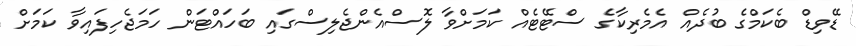
ޑޭވިޑް ބެކަމްގެ ބުދެއް އެމެރިކާގެ ސްޓޭޓެއް ކަމަށްވާ ލޮސްއެންޖެލިސްގައި ބަހައްޓަން ހަމަޖެހިފައިވާ ކަމަށް